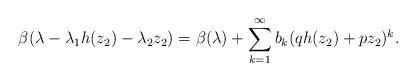
LaTeX: \begin{align*}\beta(\lambda-\lambda_1 h(z_2)-\lambda_2 z_2)=\beta(\lambda)+\sum_{k=1}^{\infty} b_k (q h(z_2)+p z_2)^k. \end{align*}